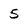
Character: 5